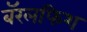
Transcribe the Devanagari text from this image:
बॅरलफिश